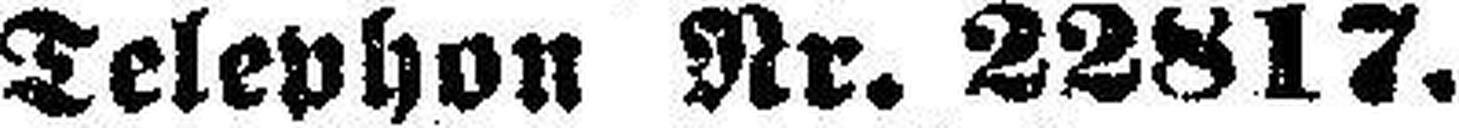
Telephon Nr. 22817.